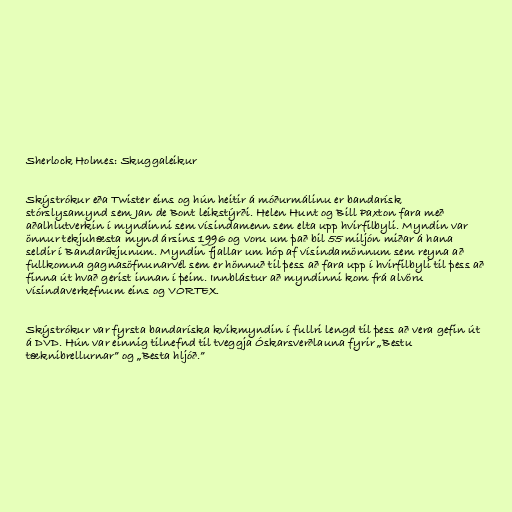
Sherlock Holmes: Skuggaleikur

Skýstrókur eða Twister eins og hún heitir á móðurmálinu er bandarísk
stórslysamynd sem Jan de Bont leikstýrði. Helen Hunt og Bill Paxton fara með
aðalhlutverkin í myndinni sem vísindamenn sem elta upp hvirfilbyli. Myndin var
önnur tekjuhæsta mynd ársins 1996 og voru um það bil 55 miljón miðar á hana
seldir í Bandaríkjunum. Myndin fjallar um hóp af vísindamönnum sem reyna að
fullkomna gagnasöfnunarvél sem er hönnuð til þess að fara upp í hvirfilbyli til þess að
finna út hvað gerist innan í þeim. Innblástur að myndinni kom frá alvöru
vísindaverkefnum eins og VORTEX.

Skýstrókur var fyrsta bandaríska kvikmyndin í fullri lengd til þess að vera gefin út
á DVD. Hún var einnig tilnefnd til tveggja Óskarsverðlauna fyrir „Bestu
tæknibrellurnar” og „Besta hljóð.”